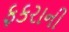
ફકરાની